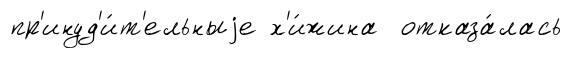
пр'инуд'и́т'ельныjе х'и́жина отказа́лась